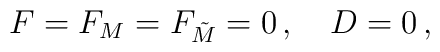
F=F_{M}=F_{\tilde{M}}=0\,, \quad   D=0\,,